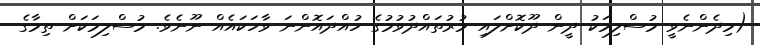
(މިދެންނެވީ މުސްލިމަކު ދީން ދޫކޮށްލައި މުރުތައްދުވުމުގެ ހުއްދައޮންނަ ވާހަކައެއް ނޫނެވެ. މުސްލިމަކަށް ތިމާގެ